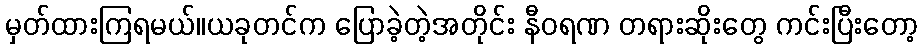
မှတ်ထားကြရမယ်။ယခုတင်က ပြောခဲ့တဲ့အတိုင်း နီဝရဏ တရားဆိုးတွေ ကင်းပြီးတော့